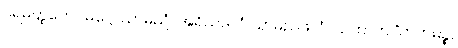
ပရမတ္ထတော မဂ္ဂေါ သာမညံ။ အရိယဖလံ သာမညဖလံ။ ယထာဟ “ကတမဉ္စ,